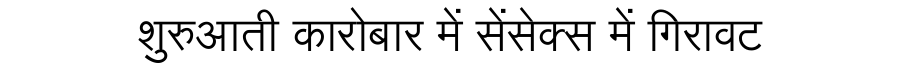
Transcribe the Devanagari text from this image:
शुरुआती कारोबार में सेंसेक्स में गिरावट